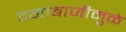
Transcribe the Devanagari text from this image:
दगाबाजीमुळे